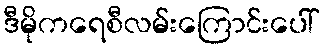
ဒီမိုကရေစီလမ်းကြောင်းပေါ်